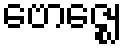
ဗောဇ္ဈေ